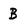
Character: B